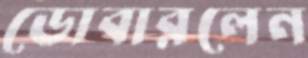
ডোবারলেন